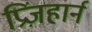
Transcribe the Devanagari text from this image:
प्रिंज़हार्न